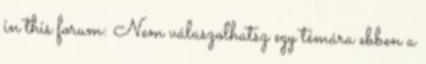
in this forum: Nem válaszolhatsz egy témára ebben a